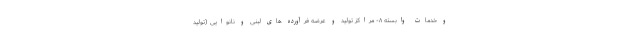
و خدمات وابسته ۸- مراکز تولید و عرضه فرآورده های لبنی و نانوایی (تولید